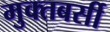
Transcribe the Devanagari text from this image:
मुक्तबर्सी